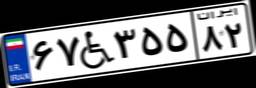
۷۳W۸۴۲۷۰